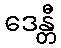
ဒေန္တီ